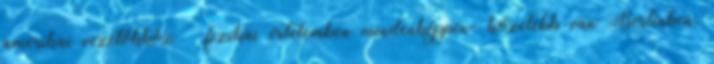
amerikai vezetőkhöz – fizikai értelemben mindenképpen- közelebb van Berlinben,